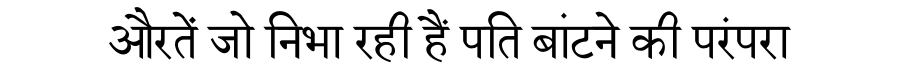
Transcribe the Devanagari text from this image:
औरतें जो निभा रही हैं पति बांटने की परंपरा